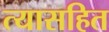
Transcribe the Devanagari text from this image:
त्यासहित